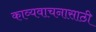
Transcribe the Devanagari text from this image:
काव्यवाचनासाठी